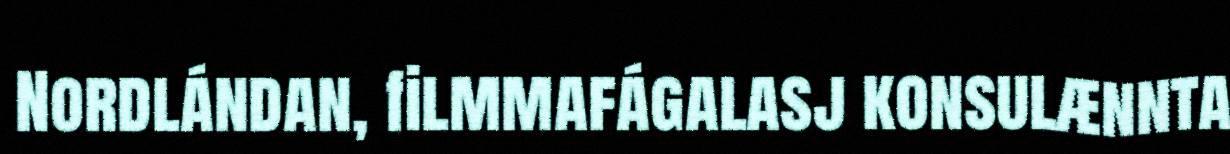
Nordlándan, filmmafágalasj konsulænnta